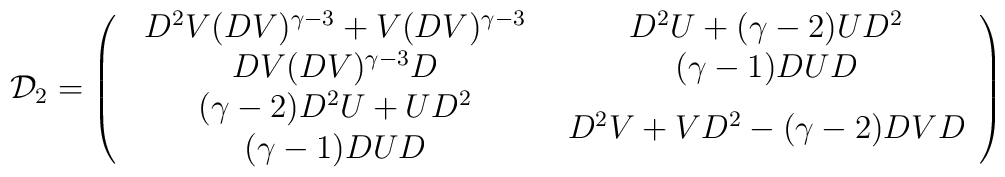
{\cal D}_{2} = \left(\begin{array}{cc}\begin{array}{c}D^{2}V(DV)^{\gamma -3} + V(DV)^{\gamma -3}\\DV(DV)^{\gamma -3}D\end{array} & \begin{array}{c}D^{2}U + (\gamma -2)UD^{2}\\(\gamma -1) DUD\end{array}\\\begin{array}{c}(\gamma -2) D^{2}U + UD^{2}\\(\gamma -1) DUD\end{array} & D^{2}V + VD^{2} - (\gamma -2)DVD\end{array}\right)